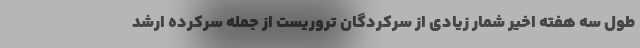
طول سه هفته اخیر شمار زیادی از سرکردگان تروریست از جمله سرکرده ارشد